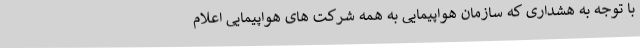
با توجه به هشداری که سازمان هواپیمایی به همه شرکت های هواپیمایی اعلام